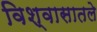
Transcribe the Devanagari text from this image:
विश्वासातले